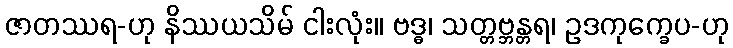
ဇာတဿရ-ဟု နိဿယသိမ် ငါးလုံး။ ဗဒ္ဓ၊ သတ္တဗ္ဘန္တရ၊ ဥဒကုက္ခေပ-ဟု